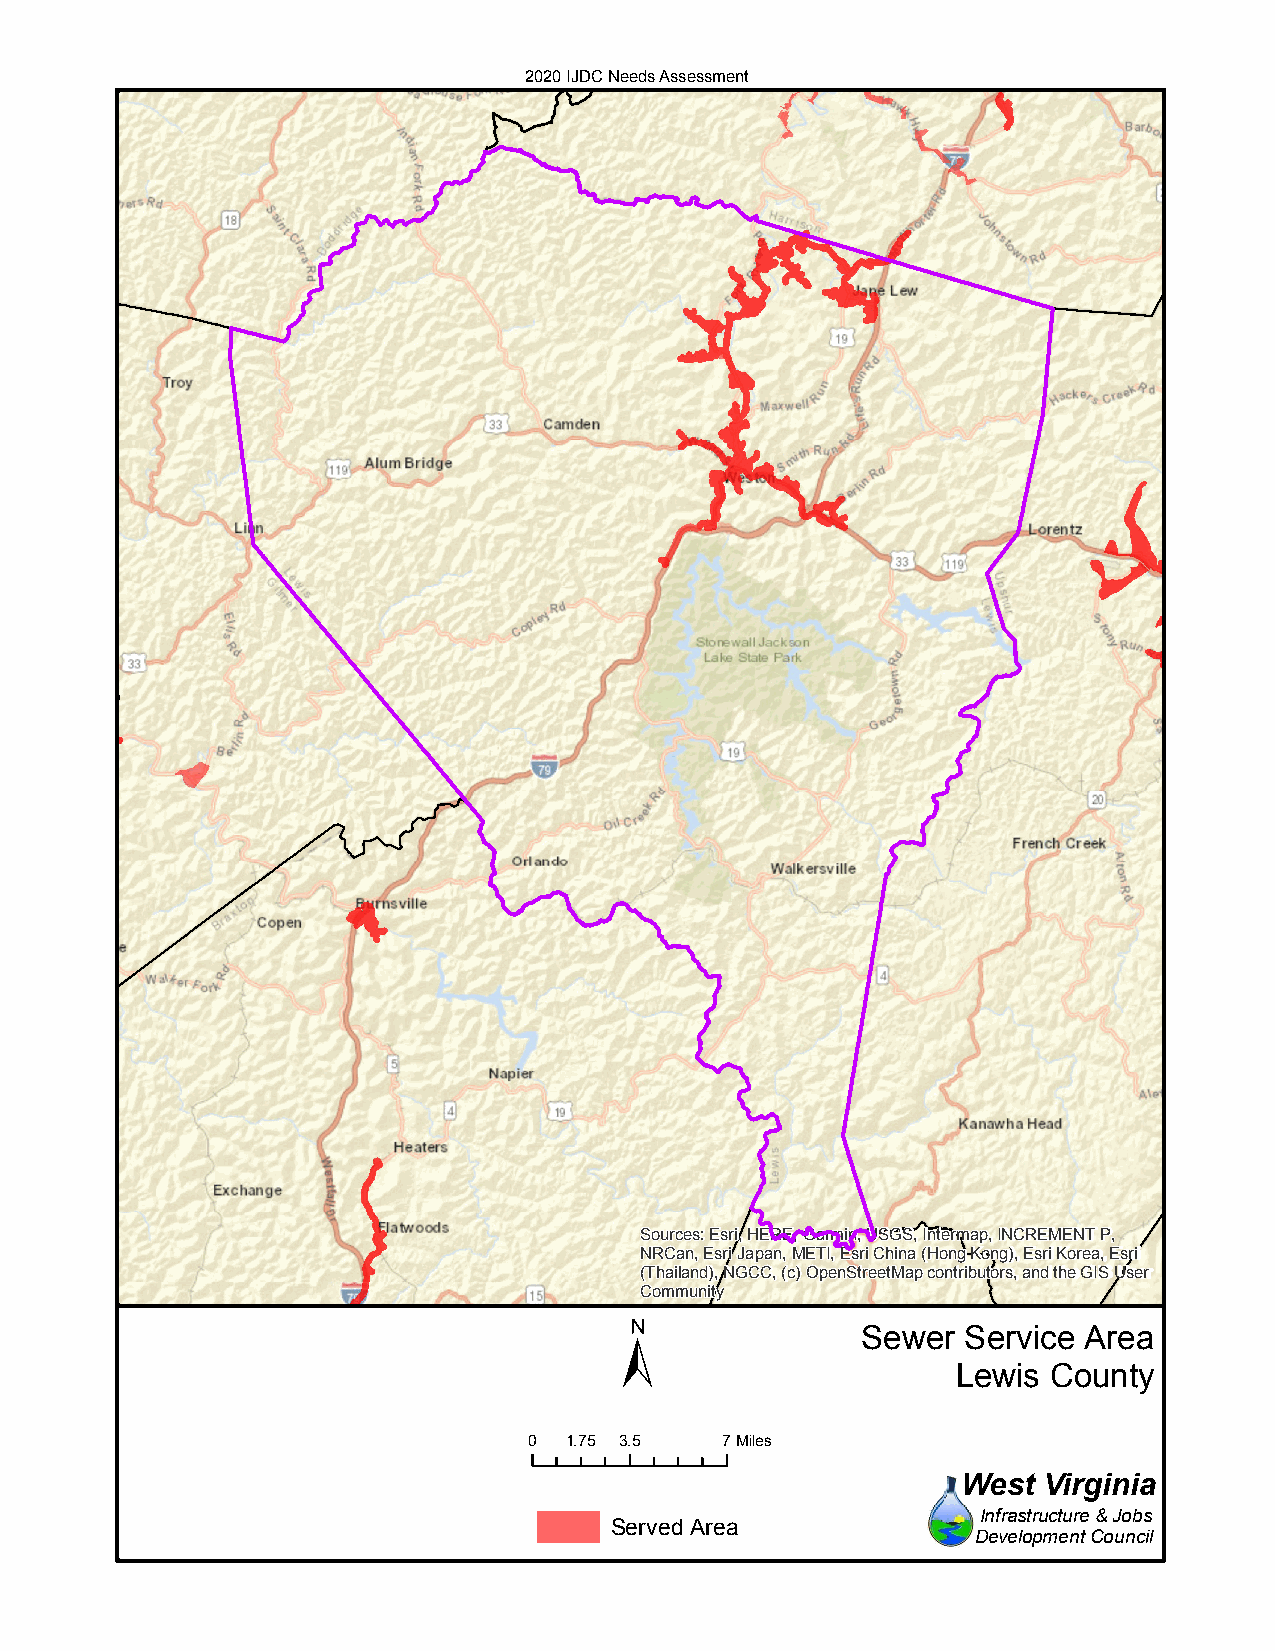
2020 IJDC Needs Assessment
 Sources: Esri, HERE, Garmin, USGS, Intermap, INCREMENT P,
 NRCan, Esri Japan, METI, Esri China (Hong Kong), Esri Korea, Esri
 (Thailand), NGCC, (c) OpenStreetMap contributors, and the GIS User
 Community
 ±
 Sewer  Service Area
 Lewis County
 0 1.75 3.5   7Miles
 West Virginia
 Infrastructure & Jobs
 Served Area
 Development Council